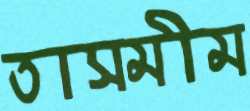
তাসমীম